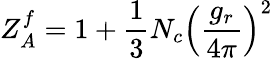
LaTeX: Z_{A}^{f}=1+\frac{1}{3}N_{c}\left(\frac{g_{r}}{4\pi}\right)^{2}